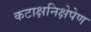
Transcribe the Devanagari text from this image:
कटाक्षनिक्षेपेण